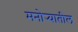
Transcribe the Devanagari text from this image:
मनोर्‍यातील